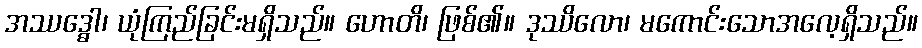
အဿဒ္ဓေါ၊ ယုံကြည်ခြင်းမရှိသည်။ ဟောတိ၊ ဖြစ်၏။ ဒုဿိလော၊ မကောင်းသောအလေ့ရှိသည်။